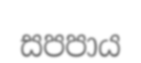
සපපාය